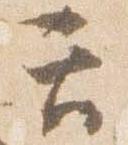
て